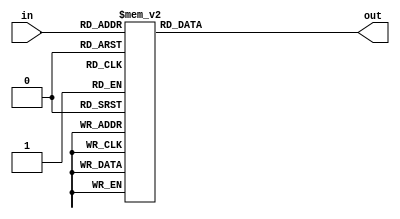
module transcodor(input[3:0] in,output reg[6:0] out);

always@(*)begin
case(in)
4'd0: out=7'b1000000;
4'd1: out=7'b1111001;
4'd2: out=7'b0100100;
4'd3: out=7'b0110000;
4'd4: out=7'b0011001;
4'd5: out=7'b0010010;
4'd6: out=7'b0000010;
4'd7: out=7'b1111000;
4'd8: out=7'b0000000;
4'd9: out=7'b0010000;
default:out=7'b1111111;
endcase
end
endmodule